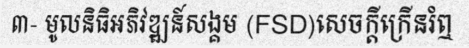
៣- មូលនិធិអភិវឌ្ឍន៍សង្គម (FSD)សេចក្តីក្រើនរំឮ